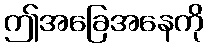
ဤအခြေအနေကို